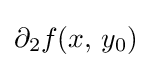
\partial _{2}f(x,\,y_{0})